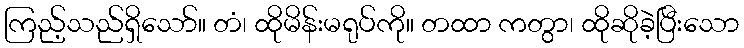
ကြည့်သည်ရှိသော်။ တံ၊ ထိုမိန်းမရုပ်ကို။ တထာ ကတွာ၊ ထိုဆိုခဲ့ပြီးသော